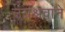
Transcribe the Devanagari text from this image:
उग्रश्रवाने